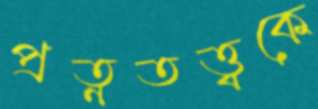
প্রত্নতত্ত্বকে